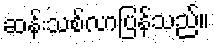
ဆန်းသစ်လာပြန်သည်။